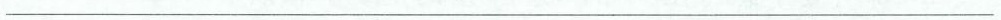
___